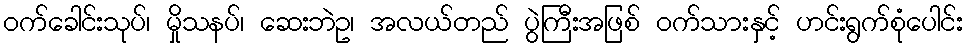
ဝက်ခေါင်းသုပ်၊ မှိုသနပ်၊ ဆေးဘဲဥ၊ အလယ်တည် ပွဲကြီးအဖြစ် ဝက်သားနှင့် ဟင်းရွက်စုံပေါင်း